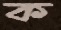
ক